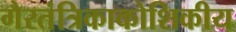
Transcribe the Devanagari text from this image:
गैरतंत्रिकाकोशिकीय